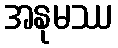
အနုမဿ